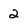
Character: 2